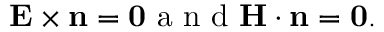
\bf { E } \times \bf { n } = \bf { 0 } \mathrm { ~ a ~ n ~ d ~ } \bf { H } \cdot \bf { n } = 0 .